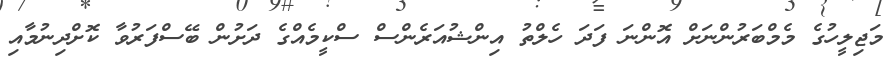
މަޖިލީހުގެ މެމްބަރުންނަށް އޮންނަ ފަދަ ހެލްތު އިންޝުއަރެންސް ސްކީމެއްގެ ދަށުން ބޭސްފަރުވާ ކޮށްދިނުމާއި